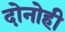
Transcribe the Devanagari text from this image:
दोनोही